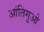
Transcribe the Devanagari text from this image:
आंतिगुओ